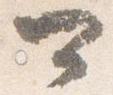
可